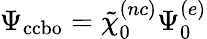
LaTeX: \Psi_{\mathrm{ccbo}}=\tilde{\chi}_{0}^{(nc)}\Psi_{0}^{(e)}